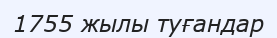
1755 жылы туғандар